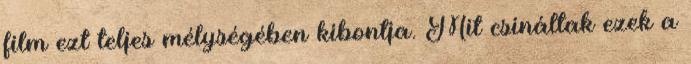
film ezt teljes mélységében kibontja. Mit csináltak ezek a